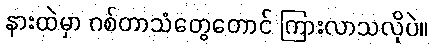
နားထဲမှာ ဂစ်တာသံတွေတောင် ကြားလာသလိုပဲ။